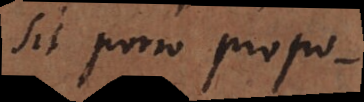
Sit porro propo